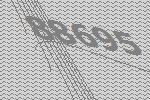
88695